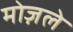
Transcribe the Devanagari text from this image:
मोज़ले